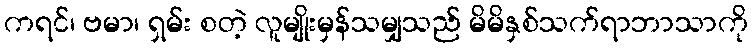
ကရင်၊ ဗမာ၊ ရှမ်း စတဲ့ လူမျိုးမှန်သမျှသည် မိမိနှစ်သက်ရာဘာသာကို